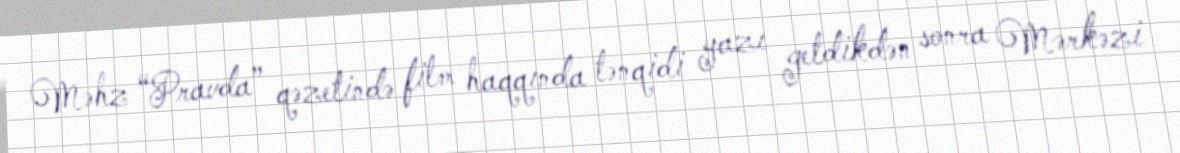
Məhz “Pravda” qəzetində film haqqında tənqidi yazı getdikdən sonra Mərkəzi